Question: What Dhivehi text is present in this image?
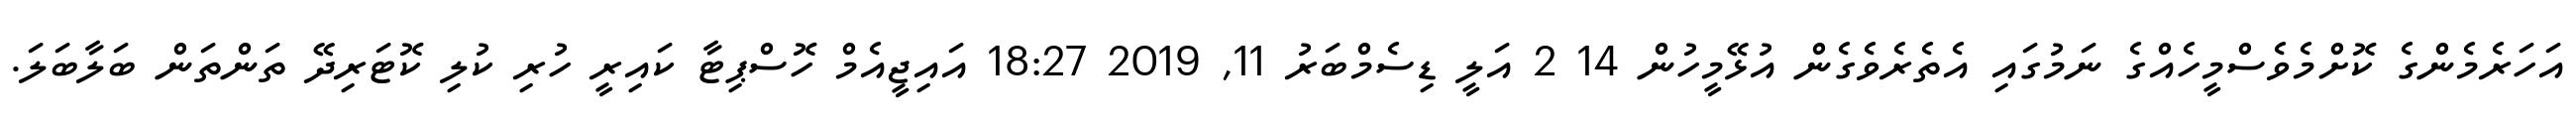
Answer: އަހަރެމެންގެ ކޮށްމެވެސްމީހެއްގެ ނަމުގައި އެތެރެވެގެން އުޅޭމީހުން 14 2 އަލީ ޑިސެމްބަރު 11, 2019 18:27 އައިޖީއެމް ހޮސްޕިޓާ ކައިރީ ހުރި ކުލި ކޮޓަރިދޭ ތަންތަން ބަލާބަލަ.